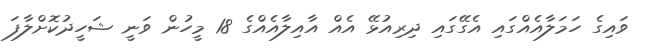
ވައިގެ ހަމަލާއެއްގައި އެގޭގައި ދިރިއުޅޭ އެއް އާއިލާއެއްގެ 18 މީހުން ވަނީ ޝަހީދުކޮށްލާފަ